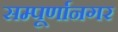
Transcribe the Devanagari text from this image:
सम्पूर्णानगर